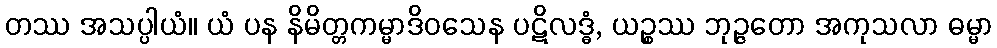
တဿ အသပ္ပါယံ။ ယံ ပန နိမိတ္တကမ္မာဒိဝသေန ပဋိလဒ္ဓံ, ယဉ္စဿ ဘုဉ္ဇတော အကုသလာ ဓမ္မာ